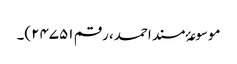
موسوعۂ مسند احمد، رقم ۲۴۷۵۱)۔